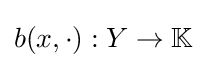
b(x,\cdot ):Y\to \mathbb {K}